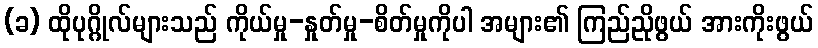
(ခ) ထိုပုဂ္ဂိုလ်များသည် ကိုယ်မှု-နှုတ်မှု-စိတ်မှုကိုပါ အများ၏ ကြည်ညိုဖွယ် အားကိုးဖွယ်